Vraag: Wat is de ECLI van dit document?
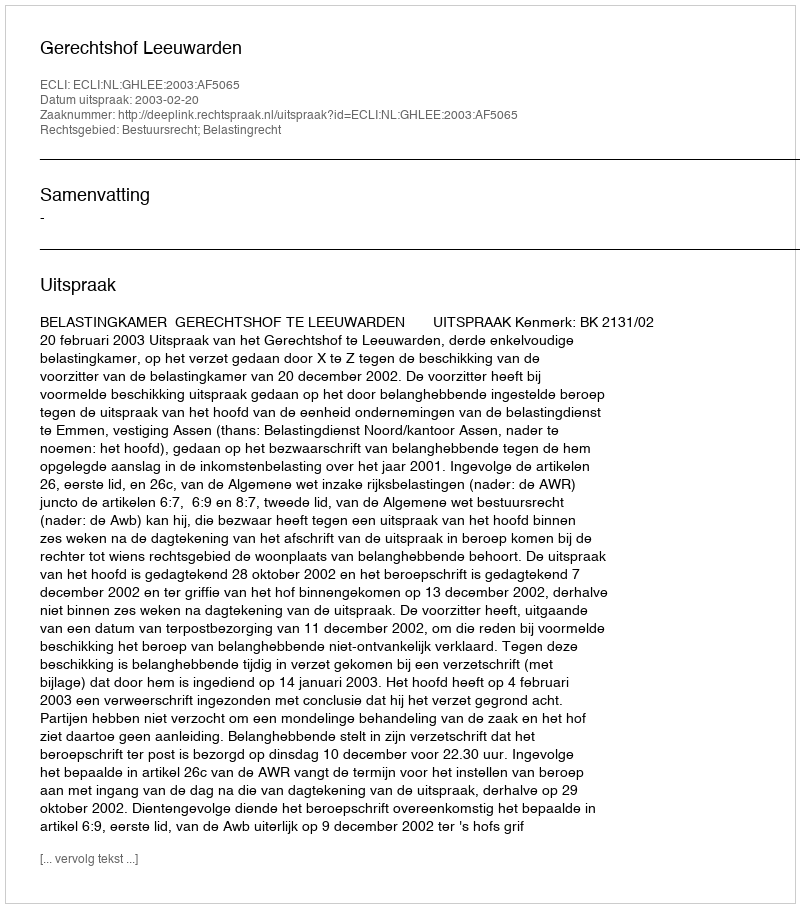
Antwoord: ECLI:NL:GHLEE:2003:AF5065